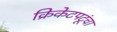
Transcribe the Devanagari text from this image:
क्रिकेटपटूंचा